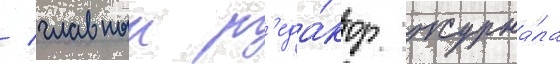
/ главныи р'еда́ктор журна́ла